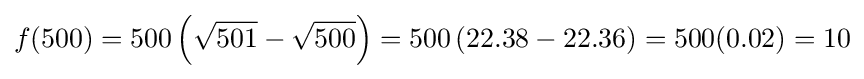
f(500)=500\left({\sqrt {501}}-{\sqrt {500}}\right)=500\left(22.38-22.36\right)=500(0.02)=10